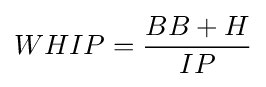
WHIP={\frac {BB+H}{IP}}